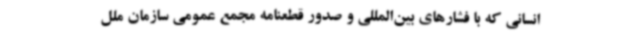
انسانی که با فشارهای بین‌المللی و صدور قطعنامه مجمع عمومی سازمان ملل